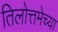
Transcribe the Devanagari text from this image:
तिलोत्तमेच्या